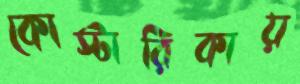
কোস্টারিকায়